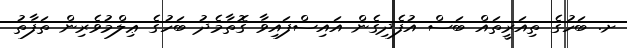
ށ. ބަހުގެ ތިއަރީތައް ބަސް އުފެދިގެން އައިސްފައިވާ ގޮތާމެދު ބަހުގެ ޢިލްމުވެރިން ތަފާތު